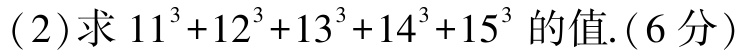
(2)求 \(11^{3}+12^{3}+13^{3}+14^{3}+15^{3}\) 的值.(6分)